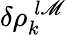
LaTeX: \delta\rho_{k}^{\: l\mathscr{M}}